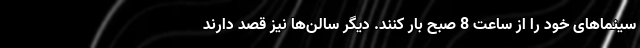
سینماهای خود را از ساعت 8 صبح بار کنند. دیگر سالن‌ها نیز قصد دارند